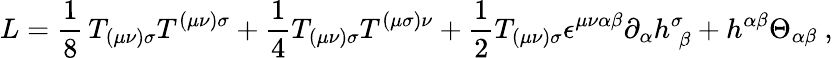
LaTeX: L=\frac{1}{8}\, T_{(\mu\nu)\sigma}T^{(\mu\nu)\sigma}+\frac{1}{4}T_{(\mu\nu)\sigma}T^{(\mu\sigma)\nu}+\frac{1}{2}T_{(\mu\nu)\sigma}\epsilon^{\mu\nu\alpha\beta}\partial_{\alpha}h_{\; \beta}^{\sigma}+h^{\alpha\beta}\Theta_{\alpha\beta}\ ,